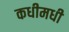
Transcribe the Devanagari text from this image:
कधीमधी